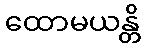
ထောမယန္တိ